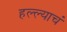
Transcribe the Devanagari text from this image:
हल्ल्याचं